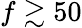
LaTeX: f\gtrsim 50